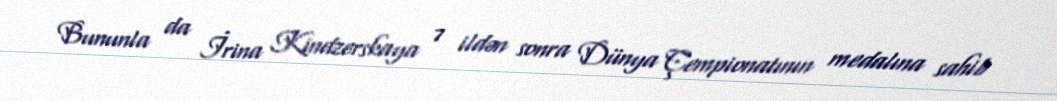
Bununla da İrina Kindzerskaya 7 ildən sonra Dünya Çempionatının medalına sahib